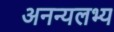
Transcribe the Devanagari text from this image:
अनन्यलभ्य